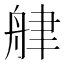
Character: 𦨱